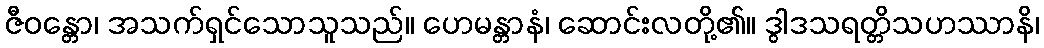
ဇီဝန္တော၊ အသက်ရှင်သောသူသည်။ ဟေမန္တာနံ၊ ဆောင်းလတို့၏။ ဒွါဒသရတ္တိသဟဿာနိ၊